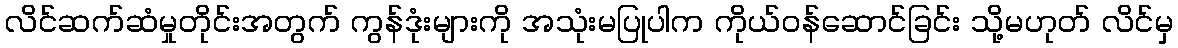
လိင်ဆက်ဆံမှုတိုင်းအတွက် ကွန်ဒုံးများကို အသုံးမပြုပါက ကိုယ်ဝန်ဆောင်ခြင်း သို့မဟုတ် လိင်မှ